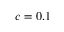
c = 0 . 1